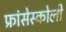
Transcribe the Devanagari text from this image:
फ्रांसेस्कोली